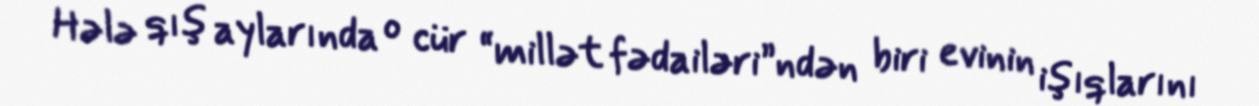
Hələ qış aylarında o cür “millət fədailəri”ndən biri evinin işıqlarını